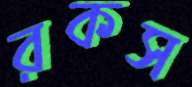
রকস